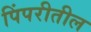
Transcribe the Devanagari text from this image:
पिंपरीतील